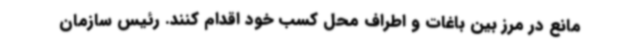
مانع در مرز بین باغات و اطراف محل کسب خود اقدام کنند. رئیس سازمان